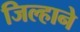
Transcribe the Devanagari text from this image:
जिल्हाने